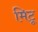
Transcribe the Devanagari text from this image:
मिटू